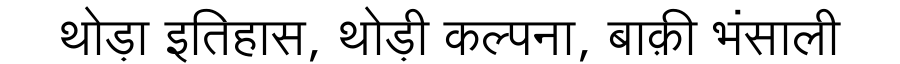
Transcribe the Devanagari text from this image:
थोड़ा इतिहास, थोड़ी कल्पना, बाक़ी भंसाली